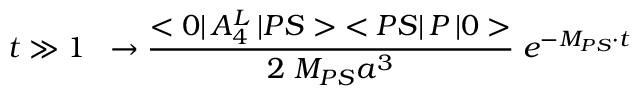
t \gg 1 \; \; \rightarrow { \frac { < 0 | \, A _ { 4 } ^ { L } \, | P S > \; < P S | \, { \cal P } \, | 0 > } { 2 \; M _ { P S } a ^ { 3 } } } \; e ^ { - M _ { P S } \cdot t }